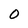
Character: 0